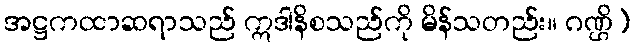
အဋ္ဌကထာဆရာသည် ဣဒါနိစသည်ကို မိန်သတည်း။ ဂဏ္ဌိ)